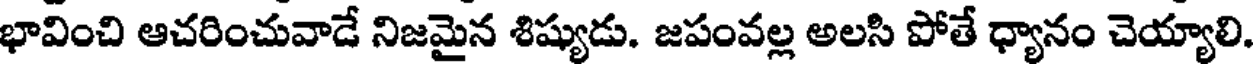
భావించి ఆచరించువాడే నిజమైన శిష్యుడు. జపంవల్ల అలసి పోతే ధ్యానం చెయ్యాలి.